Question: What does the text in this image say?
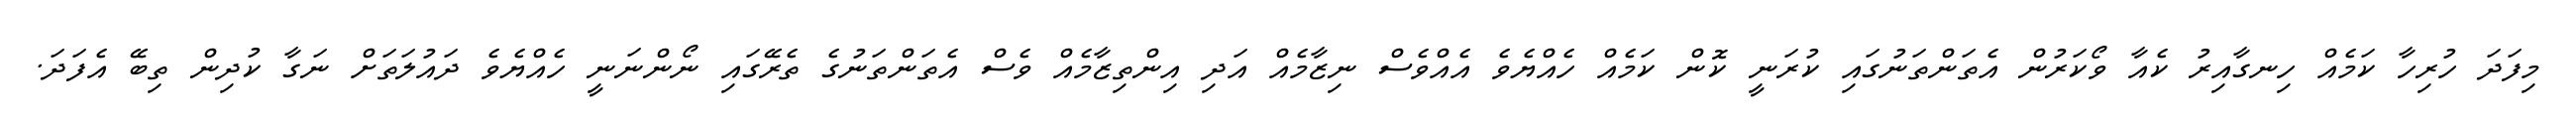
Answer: މިފަދަ ހުރިހާ ކަމެއް ހިނގާއިރު ކެއާ ވޯކަރުން އެތަންތަނުގައި ކުރަނީ ކޮން ކަމެއް ހެއްޔެވެ އެއްވެސް ނިޒާމެއް އަދި އިންތިޒާމެއް ވެސް އެތަންތަނުގެ ތެރޭގައި ނޯންނަނީ ހެއްޔެވެ ދައުލަތަށް ނަގާ ކުދިން ތިބޭ އެފަދަ.